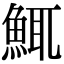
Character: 鮿